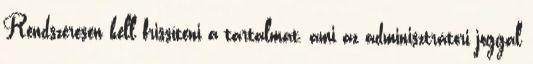
Rendszeresen kell frissíteni a tartalmat, ami az adminisztrátori joggal